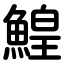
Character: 鰉